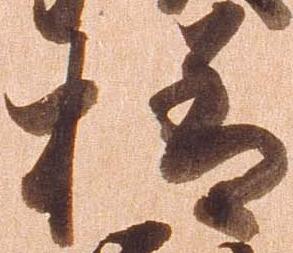
様